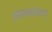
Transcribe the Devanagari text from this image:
अ़फ़भालेराव